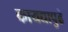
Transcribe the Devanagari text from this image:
कायद्यापुढे